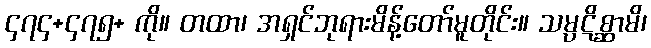
၄၇၄+၄၇၅+ ကို။ တထာ၊ အရှင်ဘုရားမိန့်တော်မူတိုင်း။ သမ္ပဋိစ္ဆာမိ၊